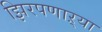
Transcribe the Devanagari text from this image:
झिरपणाऱ्या